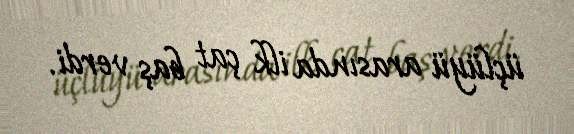
üçlüyü arasında ilk çat baş verdi.